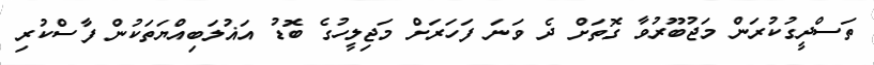
ތަސްދީގުކުރަން މަޖުބޫރުވާ ގޮތަށް ދެ ވަނަ ފަހަރަށް މަޖިލީހުގެ ބޮޑު އަޣުލަބިއްޔަތަކުން ފާސްކުރި